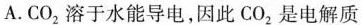
A.CO_{2}溶于水能导电，因此CO_{2}是电解质